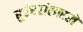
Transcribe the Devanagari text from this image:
धुरंधरांसारखे